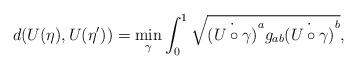
LaTeX: \begin{align*}d(U(\eta),U(\eta')) = \underset{\gamma}{\min} \int_{0}^{1} \sqrt{\dot{(U\circ\gamma)}^a g_{ab} \dot{(U\circ\gamma)}^b} ,\end{align*}